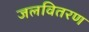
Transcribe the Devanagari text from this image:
जलवितरण